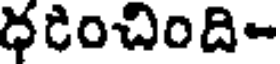
ధరించింది-